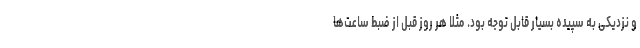
و نزدیکی به سپیده بسیار قابل توجه بود. مثلا هر روز قبل از ضبط ساعت‌ها